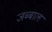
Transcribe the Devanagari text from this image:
जब्बाल